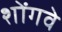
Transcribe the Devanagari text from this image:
शोंगवे